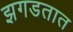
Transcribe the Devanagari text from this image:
झगडतात